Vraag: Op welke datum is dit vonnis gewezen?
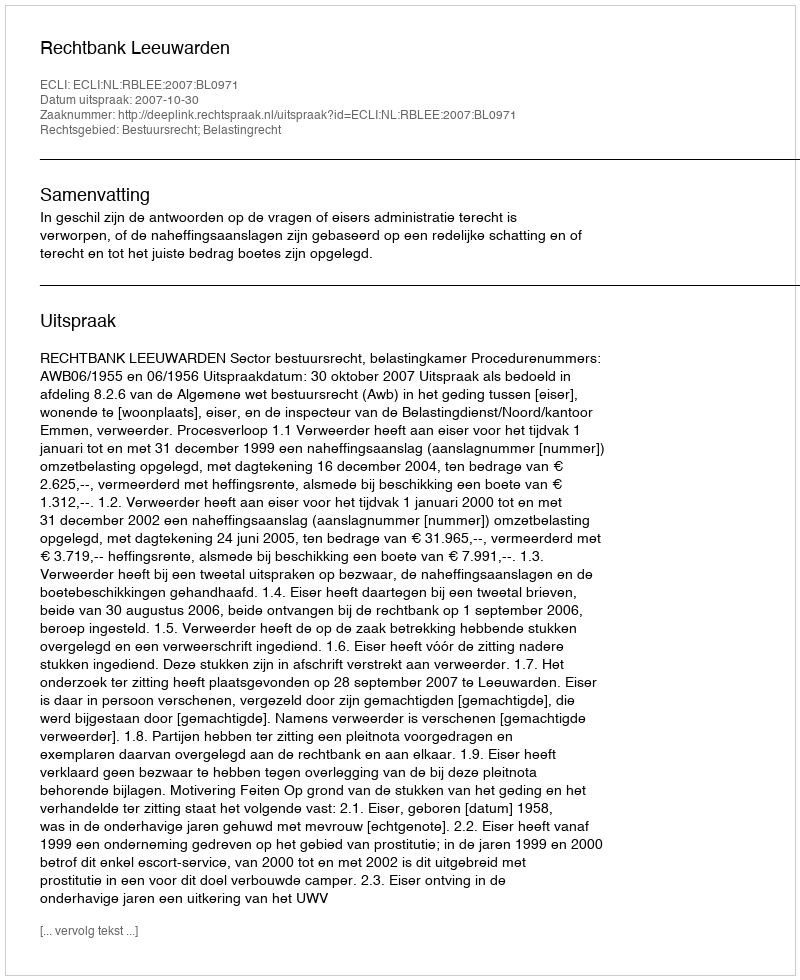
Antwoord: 2007-10-30